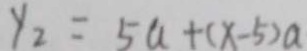
y _ { 2 } = 5 a + ( x - 5 ) a